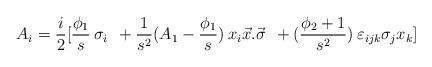
LaTeX: \begin{align*}A_i =\frac{i}{2} [\frac{\phi_1}{s} \: \sigma_i \: \: +\frac{1}{s^2}(A_1 -\frac{\phi_1}{s}) \: x_i \vec x .\vec \sigma \: \: +(\frac{\phi_2 +1}{s^2})\: \varepsilon_{ijk} \sigma_j x_k]\end{align*}